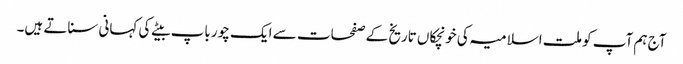
آج ہم آپ کو ملت اسلامیہ کی خونچکاں تاریخ کے صفحات سے ایک چور باپ بیٹے کی کہانی سناتے ہیں۔